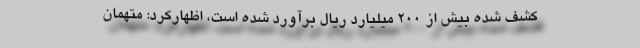
کشف شده بیش از ۲۰۰ میلیارد ریال برآورد شده است، اظهارکرد: متهمان